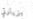
بزيارتي